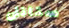
ستانلى